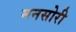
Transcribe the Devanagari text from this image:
मनसोरी